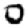
Digit: 0